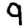
Digit: 9